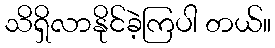
သိရှိလာနိုင်ခဲ့ကြပါ တယ်။